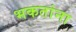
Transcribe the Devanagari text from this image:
भकतांना